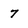
Character: 7